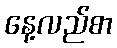
နေ့လည်စာ